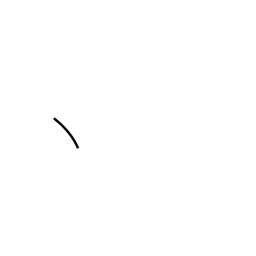
Meaning: dot